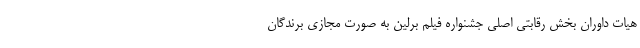
هیات داوران بخش رقابتی اصلی جشنواره فیلم برلین به صورت مجازی برندگان